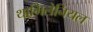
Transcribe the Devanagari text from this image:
थामिलेनियल